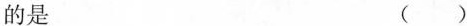
的是 ()